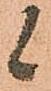
候